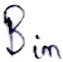
Text: Bin